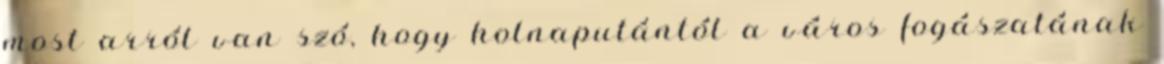
most arról van szó, hogy holnaputántól a város fogászatának